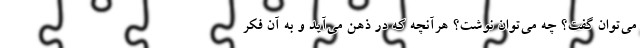
می‌توان گفت؟ چه می‌توان نوشت؟ هرآنچه که در ذهن می‌آید و به آن فکر